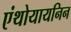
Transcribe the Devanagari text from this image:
एंथोयायनिन